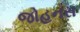
જોહનસ